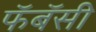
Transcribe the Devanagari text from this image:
फॅबॅसी